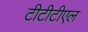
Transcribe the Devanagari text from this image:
टीटीटीएल